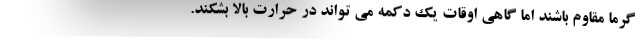
گرما مقاوم باشند اما گاهی اوقات یک دکمه می تواند در حرارت بالا بشکند.